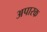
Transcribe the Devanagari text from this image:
अपारक